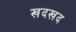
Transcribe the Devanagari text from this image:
खदखद